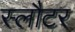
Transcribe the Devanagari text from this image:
स्लौटर